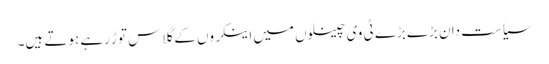
سیاست دان بڑے بڑے ٹی وی چینلوں میں اینکروں کے گلاس توڑ رہے ہوتے ہیں۔